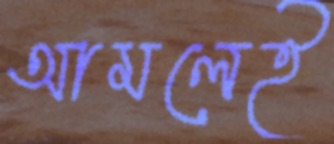
আমলেই